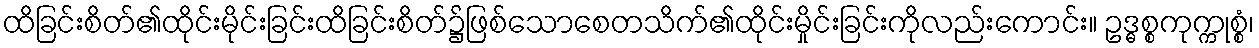
ထိခြင်းစိတ်၏ထိုင်းမိုင်းခြင်းထိခြင်းစိတ်၌ဖြစ်သောစေတသိက်၏ထိုင်းမှိုင်းခြင်းကိုလည်းကောင်း။ ဥဒ္ဓစ္စကုက္ကုစ္စံ၊